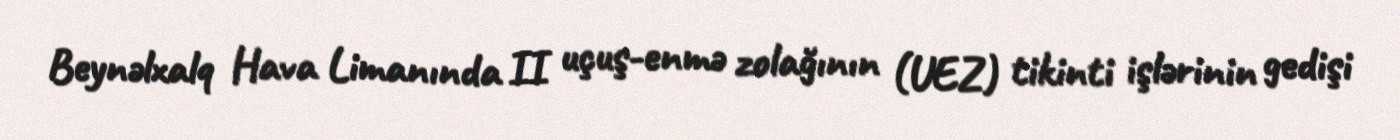
Beynəlxalq Hava Limanında II uçuş-enmə zolağının (UEZ) tikinti işlərinin gedişi